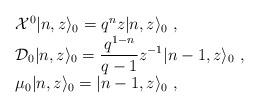
LaTeX: \begin{align*}\begin{array}{l}{\cal X}^0\vert n,z\rangle_0=q^{n}z\vert n,z\rangle_0~,\\{\cal D}_0\vert n,z\rangle_0=\displaystyle\frac{q^{1-n}}{q-1}z^{-1}\vert n-1,z\rangle_0~,\\\mu_0\vert n,z\rangle_0=\vert n-1,z\rangle_0~,\end{array}\end{align*}